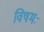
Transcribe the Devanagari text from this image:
विषमः